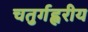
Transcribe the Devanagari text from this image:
चतुर्गह्वरीय